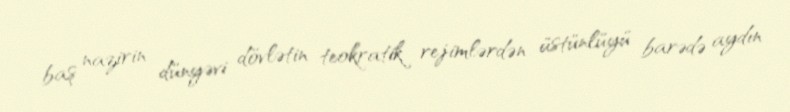
baş nazirin dünyəvi dövlətin teokratik rejimlərdən üstünlüyü barədə aydın